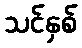
သင်နှစ်